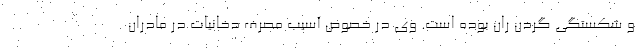
و شکستگی گردن ران بوده است. وی در خصوص آسیب مصرف دخانیات در مادران